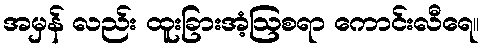
အမှန် လည်း ထူးခြားအံ့ဩစရာ ကောင်းလီရေ။